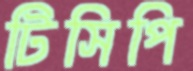
টিসিপি